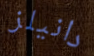
دانيلز